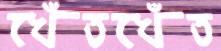
খেঁতখেঁত